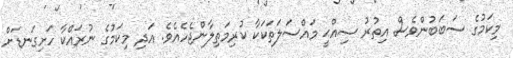
މިކަމުގެ ސަބަބުންވެސް އިތުރު ސިއްޙީ މައްސަލަތަކަކާ ކުރިމަތިލާންޖެހެއެވެ. އަދި މިކަމުގެ ނުރައްކާ ހަށިގަނޑަށް